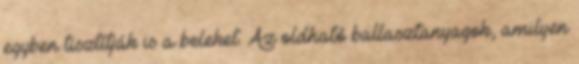
egyben tisztítják is a beleket. Az oldható ballasztanyagok, amilyen